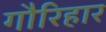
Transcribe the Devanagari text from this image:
गौरिहार